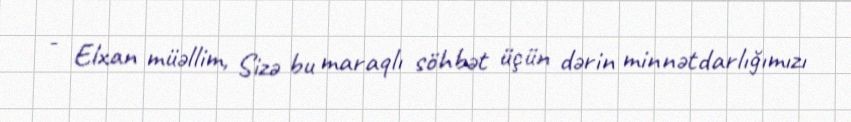
- Elxan müəllim, Sizə bu maraqlı söhbət üçün dərin minnətdarlığımızı